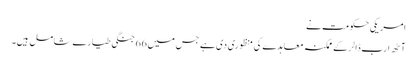
امریکی حکومت نے
آٹھ ارب ڈالر کے ممکنہ معاہدے کی منظوری دی ہے جس میں 66 جنگی طیارے شامل ہیں۔